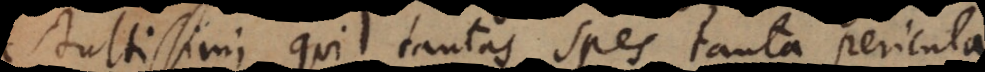
stultissimi, qui tantas spes tanta pericula